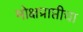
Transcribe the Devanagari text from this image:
मोक्षप्राप्तीचा